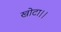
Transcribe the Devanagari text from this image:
खोटा।।